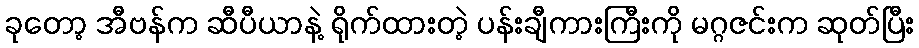
ခုတော့ အီဗန်က ဆီပီယာနဲ့ ရိုက်ထားတဲ့ ပန်းချီကားကြီးကို မဂ္ဂဇင်းက ဆုတ်ပြီး